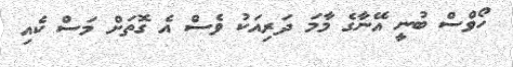
ހޯވްސް ބުނީ އޭނާގެ މާމަ ދަރިއަކު ވެސް އެ ގޮތަށް މަސް ކެއި